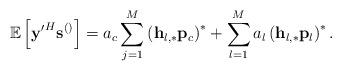
LaTeX: \begin{align*} \mathbb{E}\left[\mathbf{y'}^H\mathbf{s}^{\left(\right)}\right]=a_c\sum_{j=1}^{M}\left(\mathbf{h}_{l,*}\mathbf{p}_c\right)^{*}+\sum_{l=1}^M a_l \left(\mathbf{h}_{l,*}\mathbf{p}_l\right)^{*}.\end{align*}